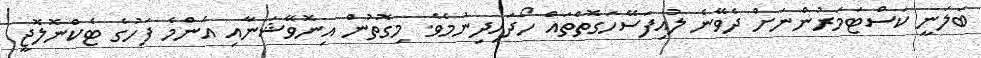
ބަލަނީ ކަސްޓަމަރުންނަށް ދެވޭނެ ލުއިފަސޭހަގޮތްތައް ހޯދައިދިނުމެވެ. މިގޮތުން އިނޮވޭޝަނާއި އެންމެ ފަހުގެ ޓެކްނޮލޮޖީ